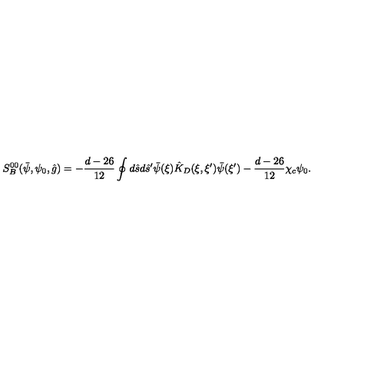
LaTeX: { S _ { B } ^ { 0 0 } } ( \bar { \psi } , { \psi _ { 0 } } , \hat { g } ) = - { \frac { d - 2 6 } { 1 2 } } \oint { d } \hat { s } d { \hat { s } ^ { \prime } } \bar { \psi } ( \xi ) { \hat { K } _ { D } } ( \xi , \xi ^ { \prime } ) \bar { \psi } ( \xi ^ { \prime } ) - { \frac { d - 2 6 } { 1 2 } } { \chi _ { c } } { \psi _ { 0 } } .